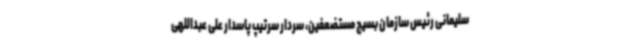
سلیمانی رئیس سازمان بسیج مستضعفین، سردار سرتیپ پاسدار علی عبداللهی